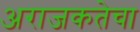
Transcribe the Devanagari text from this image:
अराजकतेचा